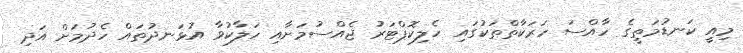
މިއީ ކަނޑުމަތީގެ ހާއްސަ ހަރަކާތްތަކުގައި ހެލިކޮޕްޓަރު ޖެއްސުމަށާއި ހަލާކުވާ އުޅަނދުތައް ހެދުމަށް އަދި